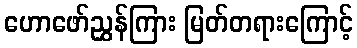
ဟောဖော်ညွှန်ကြား မြတ်တရားကြောင့်